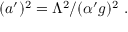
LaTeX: ( a ^ { \prime } ) ^ { 2 } = \Lambda ^ { 2 } / ( { \alpha ^ { \prime } } g ) ^ { 2 } \, \, .